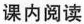
课内阅读